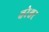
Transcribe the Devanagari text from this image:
वरेश्वर